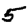
Digit: 5